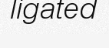
ligated